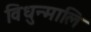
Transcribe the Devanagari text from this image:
विधुन्मालि